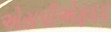
એસપીએફ૬૬